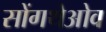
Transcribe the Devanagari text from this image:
सोंगथेओव